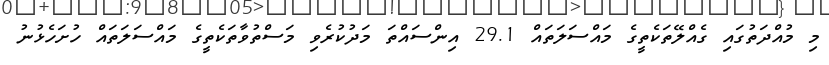
މި މުއްދަތުގައި ގެއްލޭތަކެތީގެ މައްސަލަތައް 29.1 އިންސައްތަ މަދުކުރެވި މަސްތުވާތަކެތީގެ މައްސަލަތައް ހުށަހެޅުނު